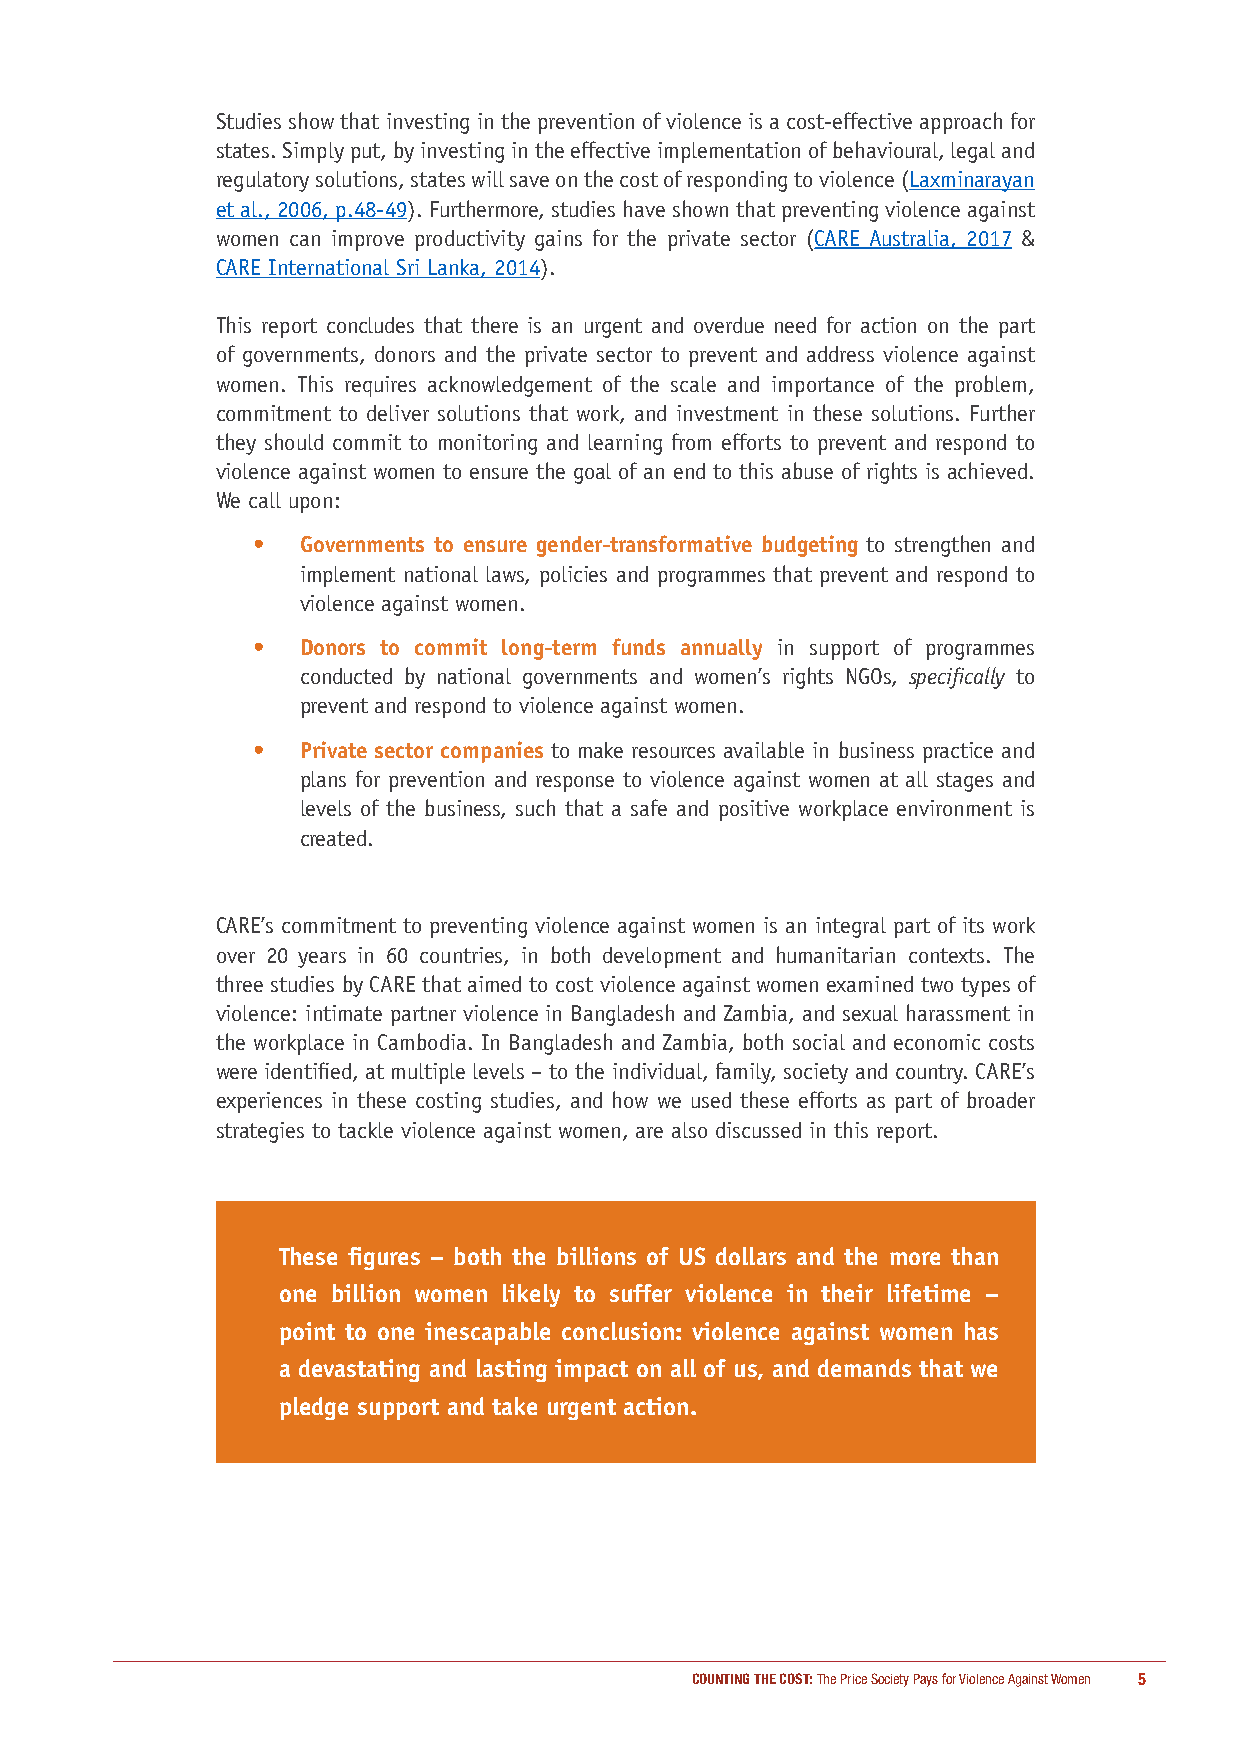
Studies show that investing in the prevention of violence is a cost-effective approach for
 states. Simply put, by investing in the effective implementation of behavioural, legal and
 regulatory solutions, states will save on the cost of responding to violence (Laxminarayan
 et al., 2006, p.48-49). Furthermore, studies have shown that preventing violence against
 women can improve productivity gains for the private sector (CARE Australia, 2017 &
 CARE International Sri Lanka, 2014).
 This report concludes that there is an urgent and overdue need for action on the part
 of governments, donors and the private sector to prevent and address violence against
 women. This requires acknowledgement of the scale and importance of the problem,
 commitment to deliver solutions that work, and investment in these solutions. Further
 they should commit to monitoring and learning from efforts to prevent and respond to
 violence against women to ensure the goal of an end to this abuse of rights is achieved.
 We call upon:
 •  Governments to ensure gender-transformative budgeting to strengthen and
 implement national laws, policies and programmes that prevent and respond to
 violence against women.
 •  Donors to commit long-term funds annually in support of programmes
 conducted by national governments and women’s rights NGOs, specifically to
 prevent and respond to violence against women.
 •  Private sector companies to make resources available in business practice and
 plans for prevention and response to violence against women at all stages and
 levels of the business, such that a safe and positive workplace environment is
 created.
 CARE’s commitment to preventing violence against women is an integral part of its work
 over 20 years in 60 countries, in both development and humanitarian contexts. The
 three studies by CARE that aimed to cost violence against women examined two types of
 violence: intimate partner violence in Bangladesh and Zambia, and sexual harassment in
 the workplace in Cambodia. In Bangladesh and Zambia, both social and economic costs
 were identified, at multiple levels – to the individual, family, society and country. CARE’s
 experiences in these costing studies, and how we used these efforts as part of broader
 strategies to tackle violence against women, are also discussed in this report.
 These figures – both the billions of US dollars and the more than
 one billion women likely to suffer violence in their lifetime –
 point to one inescapable conclusion: violence against women has
 a devastating and lasting impact on all of us, and demands that we
 pledge support and take urgent action.
 COUNTING THE COST: The Price Society Pays for Violence Against Women 5